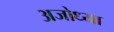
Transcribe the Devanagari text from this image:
अजोध्या